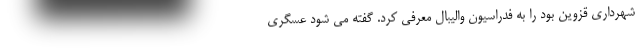
شهرداری قزوین بود را به فدراسیون والیبال معرفی کرد. گفته می شود عسگری